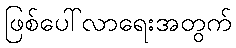
ဖြစ်ပေါ်လာရေးအတွက်